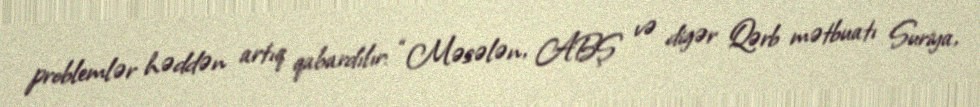
problemlər həddən artıq qabardılır: “Məsələn, ABŞ və digər Qərb mətbuatı Suriya,